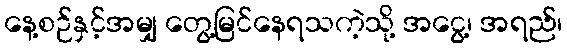
နေ့စဉ်နှင့်အမျှ တွေ့မြင်နေရသကဲ့သို့ အငွေ့၊ အရည်၊